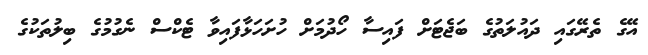
އޭގެ ތެރޭގައި ދައުލަތުގެ ބަޖެޓަށް ފައިސާ ހޯދުމަށް ހުށަހަޅާފައިވާ ޓެކްސް ނެގުމުގެ ބިލުތަކުގެ